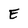
Character: E